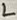
Text: L